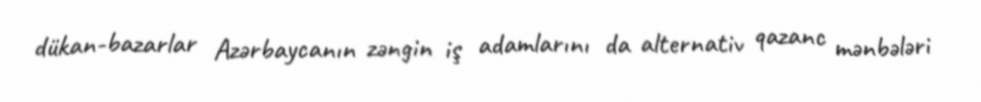
dükan-bazarlar Azərbaycanın zəngin iş adamlarını da alternativ qazanc mənbələri